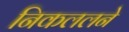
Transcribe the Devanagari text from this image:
निकललने